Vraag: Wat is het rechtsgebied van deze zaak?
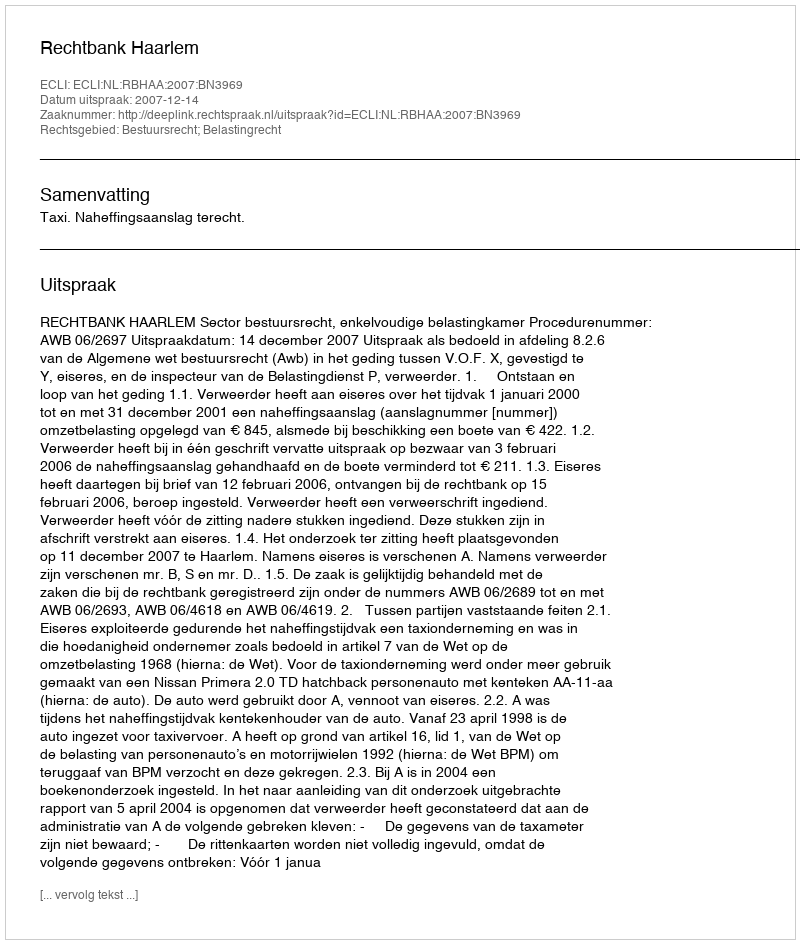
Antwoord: Bestuursrecht; Belastingrecht